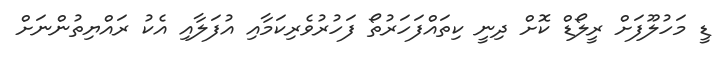
ޑީ މަހުލޫފަށް ރީލޯޑް ކޮށް ދިނީ ކިތައްފަހަރުތޯ ފަހުރުވެރިކަމާއި އުފަލާއި އެކު ރައްޔިތުންނަށް